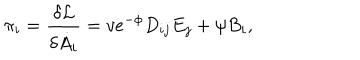
\pi _ { i } = \frac { \delta { \cal L } } { \delta \dot { A } _ { i } } = v e ^ { - \phi } D _ { i j } E _ { j } + \psi B _ { i } ,